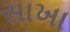
સાખા